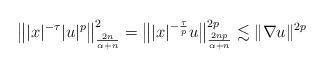
LaTeX: \begin{align*}\big\||x|^{-\tau}|u|^p\big\|^2_{{\frac{2n}{\alpha+n}}}= \big\||x|^{-\frac{\tau}{p}}u\big\|^{2p}_{{\frac{2np}{\alpha+n}}} \lesssim \|\nabla u\|^{2p}\end{align*}